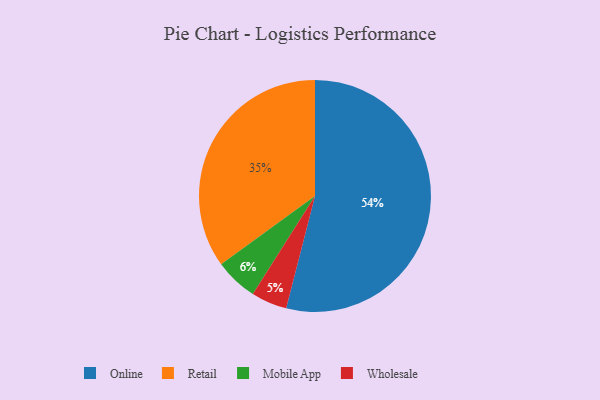
{"axis": {"x": "Category", "y": "Percentage"}, "legend": ["Mobile App", "Online", "Retail", "Wholesale"], "data": [{"x": "Online", "y": 54, "type": "Online"}, {"x": "Retail", "y": 35, "type": "Retail"}, {"x": "Wholesale", "y": 5, "type": "Wholesale"}, {"x": "Mobile App", "y": 6, "type": "Mobile App"}]}